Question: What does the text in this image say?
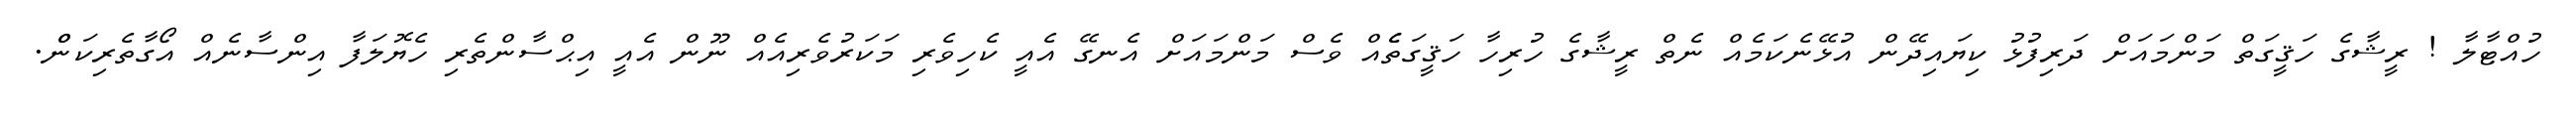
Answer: ހުއްޓާލާ ! ރީޝާގެ ހަޤީގަތް މަންމައަށް ދަރިފުޅު ކިޔައިދޭން އުޅޭނެކަމެއް ނެތް ރީޝާގެ ހުރިހާ ހަޤީގަތެެއް ވެސް މަންމައަށް އެނގޭ އެއީ ކެހިވެރި މަކަރުވެރިއެއް ނޫން އެއީ އިޙްސާންތެރި ހެޔޮލަފާ އިންސާނެއް އޯގާތެރިކަންް.